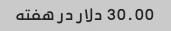
30.00 دلار در هفته